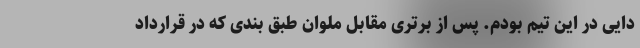
دایی در این تیم بودم. پس از برتری مقابل ملوان طبق بندی که در قرارداد